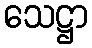
သေဋ္ဌာ